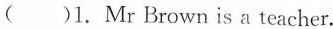
( )1. Mr Brown is a teacher.